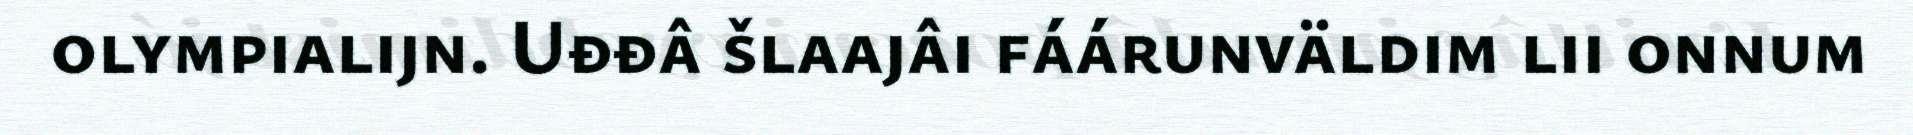
olympialijn. Uđđâ šlaajâi fáárunväldim lii onnum